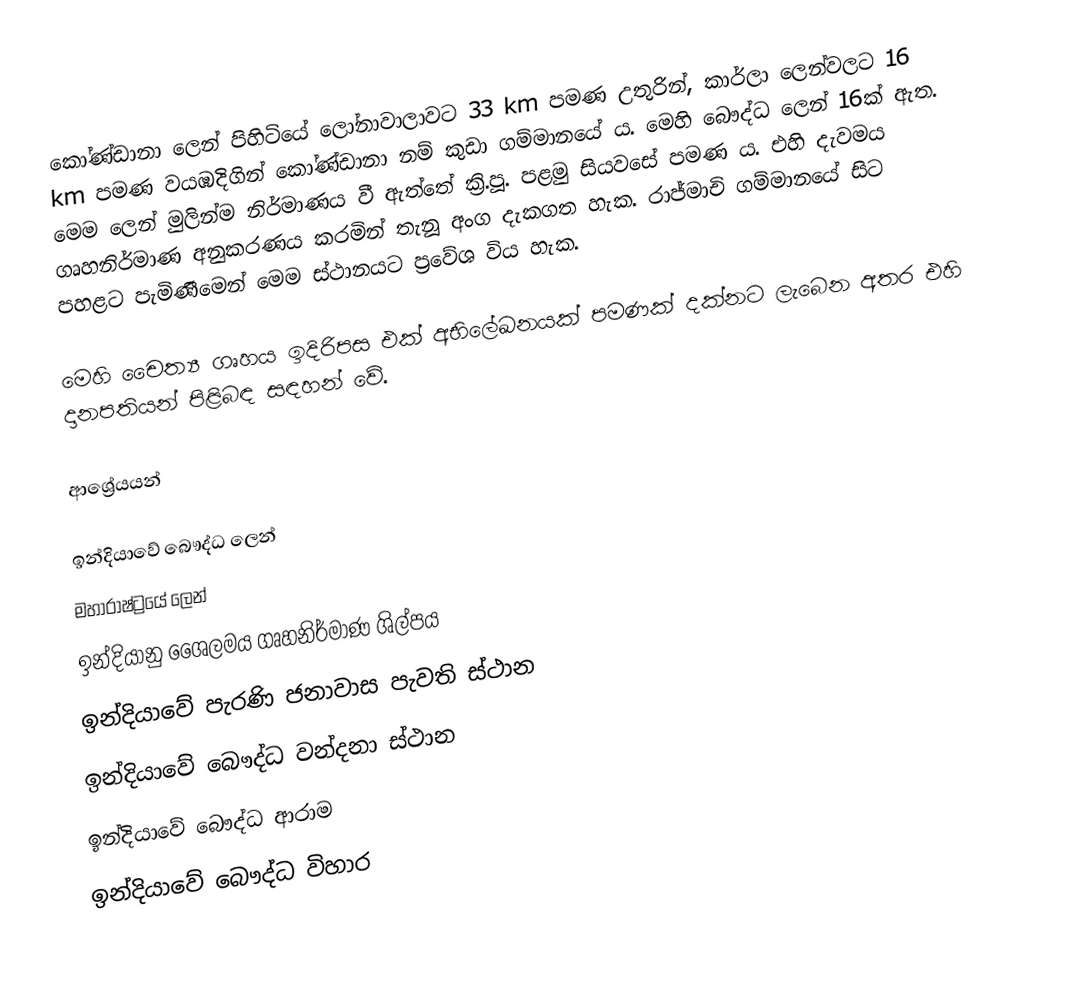
කෝණ්ඩානා ලෙන් පිහිටියේ ලෝනාවාලාවට 33 km පමණ උතුරින්, කාර්ලා ලෙන්වලට 16 km පමණ වයඹදිගින් කෝණ්ඩානා නම් කුඩා ගම්මානයේ ය. මෙහි බෞද්ධ ලෙන් 16ක් ඇත. මෙම ලෙන් මුලින්ම නිර්මාණය වී ඇත්තේ ක්‍රි.පූ. පළමු සියවසේ පමණ ය. එහි දැවමය ගෘහනිර්මාණ අනුකරණය කරමින් තැනූ අංග දැකගත හැක. රාජ්මාචි ගම්මානයේ සිට පහළට පැමිණීමෙන් මෙම ස්ථානයට ප්‍රවේශ විය හැක.

මෙහි චෛත්‍ය ගෘහය ඉදිරිපස එක් අභිලේඛනයක් පමණක් දක්නට ලැබෙන අතර එහි දානපතියන් පිළිබඳ සඳහන් වේ.

ආශ්‍රේයයන්

ඉන්දියාවේ බෞද්ධ ලෙන්
මහාරාෂ්ට්‍රයේ ලෙන්
ඉන්දියානු ශෛලමය ගෘහනිර්මාණ ශිල්පය
ඉන්දියාවේ පැරණි ජනාවාස පැවති ස්ථාන
ඉන්දියාවේ බෞද්ධ වන්දනා ස්ථාන
ඉන්දියාවේ බෞද්ධ ආරාම
ඉන්දියාවේ බෞද්ධ විහාර